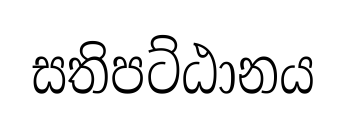
සතිපට්ඨානය